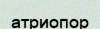
атриопор